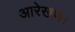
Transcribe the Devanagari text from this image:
आरेखण।